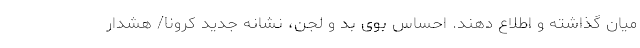
میان گذاشته و اطلاع دهند. احساس بوی بد و لجن، نشانه جدید کرونا/ هشدار